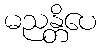
မညန္တိပေ